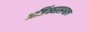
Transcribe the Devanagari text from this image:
अजिंठ्यालगतच